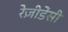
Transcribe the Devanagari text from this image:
रेज़ीडेंसी